Indian journal of veterinary science and animal husbandry - Volumes 18-21, 1948-1951
Year: 1948
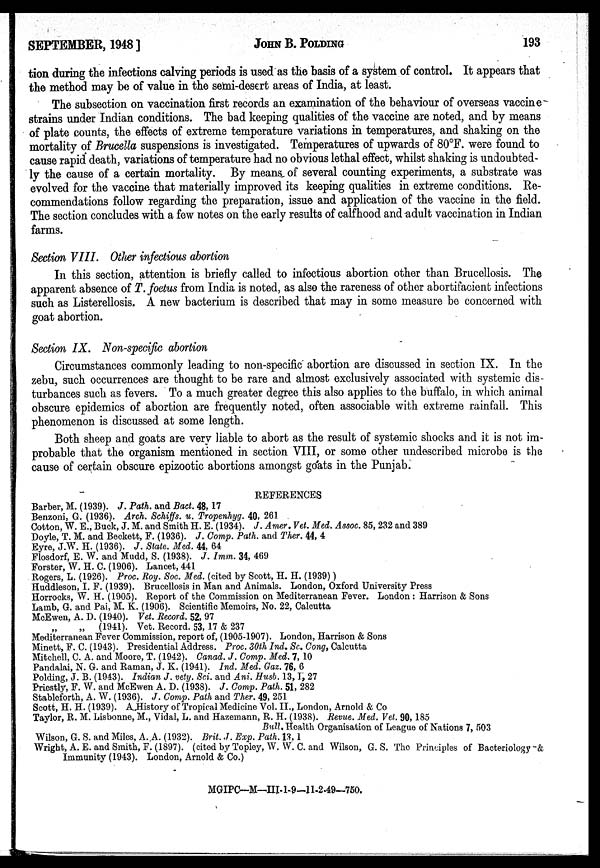
SEPTEMBER, 1948]
JOHN
B.
POLDING
193
tion during the infections calving periods is used as the basis of a system of control. It appears that
the method may be of value in the semi-desert areas of India, at least.
The subsection on vaccination first records an examination of the behaviour of overseas vaccine
strains under Indian conditions. The bad keeping qualities of the vaccine are noted, and by means
of plate counts, the effects of extreme temperature variations in temperatures, and shaking on the
mortality of Brucella suspensions is investigated. Temperatures of upwards of 80°F. were found to
cause rapid death, variations of temperature had no obvious lethal effect, whilst shaking is undoubted-
ly the cause of a certain mortality. By means of several counting experiments, a substrate was
evolved for the vaccine that materially improved its keeping qualities in extreme conditions. Re-
commendations follow regarding the preparation, issue and application of the vaccine in the field.
The section concludes with a few notes on the early results of calfhood and adult vaccination in Indian
farms.
Section VIII. Other infectious abortion
In this section, attention is briefly called to infectious abortion other than Brucellosis. The
apparent absence of T. foetus from India is noted, as also the rareness of other abortifacient infections
such as Listerellosis. A new bacterium is described that may in some measure be concerned with
goat abortion.
Section IX. Non-specific abortion
Circumstances commonly leading to non-specific abortion are discussed in section IX. In the
zebu, such occurrences are thought to be rare and almost exclusively associated with systemic dis-
turbances such as fevers. To a much greater degree this also applies to the buffalo, in which animal
obscure epidemics of abortion are frequently noted, often associable with extreme rainfall. This
phenomenon is discussed at some length.
Both sheep and goats are very liable to abort as the result of systemic shocks and it is not im-
probable that the organism mentioned in section VIII, or some other undescribed microbe is the
cause of certain obscure epizootic abortions amongst goats in the Punjab.
REFERENCES
Barber, M. (1939). J. Path. and Bact. 48, 17
Benzoni, G. (1936). Arch. Schiffs. v. Tropenhyg. 40, 261
Cotton, W. E., Buck, J. M. and Smith H. E. (1934). J. Amer. Vet. Med. Assoc. 85, 232 and 389
Doyle, T. M. and Beckett, F. (1936). J. Comp. Path. and Ther. 44, 4
Eyre, J.W. H. (1936). J. State. Med. 44, 64
Flosdorf, E. W. and Mudd, S. (1938). J. Imm. 34, 469
Forster, W. H. C. (1906). Lancet, 441
Rogers, L. (1926). Proc. Roy. Soc. Med. (cited by Scott, H. H. (1939))
Huddleson, I. F. (1939). Brucellosis in Man and Animals. London, Oxford University Press
Horrocks, W. H. (1905). Report of the Commission on Mediterranean Fever. London : Harrison & Sons
Lamb, G. and Pai, M. K. (1906). Scientific Memoirs, No. 22, Calcutta
McEwen, A. D. (1940). Vet. Record. 52, 97
„ „ (1941). Vet. Record. 53, 17 & 237
Mediterranean Fever Commission, report of, (1905-1907). London, Harrison & Sons
Minett, F. C. (1943). Presidential Address. Proc. 30th Ind. Sc. Cong, Calcutta
Mitchell, C. A. and Moore, T. (1942). Canad. J. Comp. Med. 7, 10
Pandalai, N. G. and Raman, J. K. (1941). Ind. Med. Gaz. 76, 6
Polding, J. B. (1943). Indian J. vety. Sci. and Ani. Husb. 13, I, 27
Priestly, F. W. and McEwen A. D. (1938). J. Comp. Path. 51, 282
Stableforth, A. W. (1936). J. Comp. Path and Ther. 49, 251
Scott, H. H. (1939). A History of Tropical Medicine Vol. II., London, Arnold & Co
Taylor, R. M. Lisbonne, M., Vidal, L. and Hazemann, R. H. (1938). Revue. Med. Vet. 90, 185
Bull. Health Organisation of League of Nations 7, 503
Wilson, G. S. and Miles, A. A. (1932). Brit. J. Exp. Path. 13, 1
Wright, A. E. and Smith, F. (1897). (cited by Topley, W. W. C. and Wilson, G. S. The Principles of Bacteriology &
Immunity (1943). London, Arnold & Co.)
MGIPC—M—III-1-9-11-2-49—750.